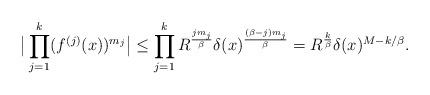
LaTeX: \begin{align*}\big| \prod_{j=1}^k (f^{(j)}(x))^{m_j} \big | \leq \prod_{j=1}^k R^\frac{jm_j}{\beta} \delta(x)^\frac{(\beta-j)m_j}{\beta} = R^\frac{k}{\beta} \delta(x)^{M - k/\beta} .\end{align*}